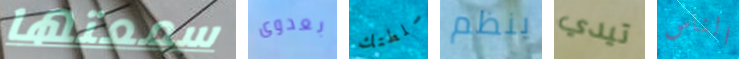
سمعتها بعدوى سلطتك ينظم تيدي الناس